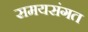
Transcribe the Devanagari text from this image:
समयसंगत